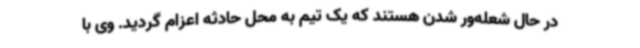
در حال شعله‌ور شدن هستند که یک تیم به محل حادثه اعزام گردید. وی با